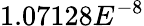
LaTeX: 1.07128E^{-8}